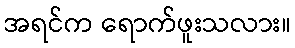
အရင်က ရောက်ဖူးသလား။